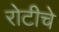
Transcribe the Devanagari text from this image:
रोटीचे